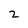
Character: Z